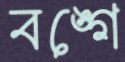
বঙ্গে